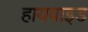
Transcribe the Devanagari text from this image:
हायवाइड